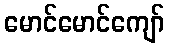
မောင်မောင်ကျော်